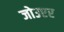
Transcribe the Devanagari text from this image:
जोउएर